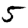
Digit: 5